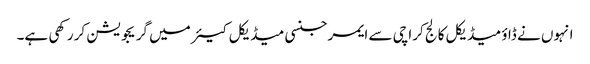
انہوں نے ڈاؤ میڈیکل کالج کراچی سے ایمرجنسی میڈیکل کیئر میں گریجویشن کر رکھی ہے۔